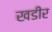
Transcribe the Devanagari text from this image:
खडीर